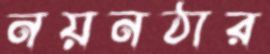
নয়নঠার